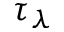
\tau _ { \lambda }